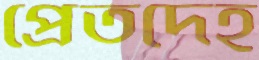
প্রেতদেহ